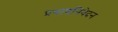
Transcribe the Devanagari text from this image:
प्रयाणनिवेदन